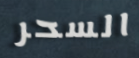
السحر